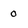
Character: 0